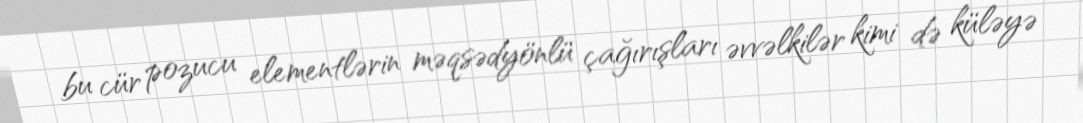
bu cür pozucu elementlərin məqsədyönlü çağırışları əvvəlkilər kimi də küləyə